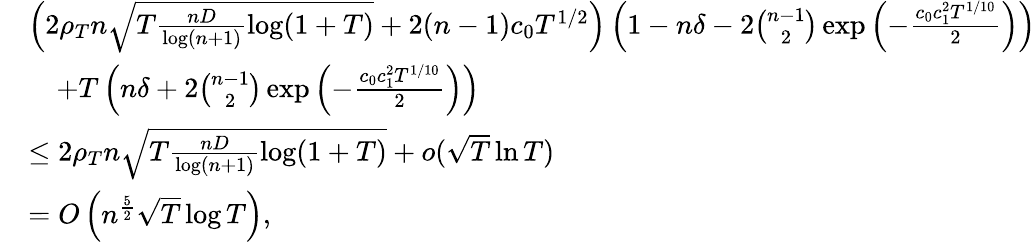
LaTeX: \begin{array}{rl}&{\left(2\rho_{T}n\sqrt{T\frac{nD}{\log(n+1)}\log(1+T)}+2(n-1)c_{0}T^{1/2}\right)\left(1-n\delta-2\binom{n-1}{2}\exp\left(-\frac{c_{0}c_{1}^{2}T^{1/10}}{2}\right)\right)}\\ &{\quad+T\left(n\delta+2\binom{n-1}{2}\exp\left(-\frac{c_{0}c_{1}^{2}T^{1/10}}{2}\right)\right)}\\ &{\leq 2\rho_{T}n\sqrt{T\frac{nD}{\log(n+1)}\log(1+T)}+o(\sqrt{T}\ln T)}\\ &{=O\left(n^{\frac{5}{2}}\sqrt{T}\log T\right),}\end{array}